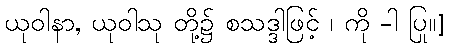
ယုဝါနာ, ယုဝါသု တို့၌ စသဒ္ဒါဖြင့် ၊ ကို -ါ ပြု။]